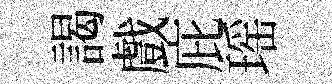
謁戲庇瑶